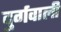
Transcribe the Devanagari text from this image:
दुर्गवाली